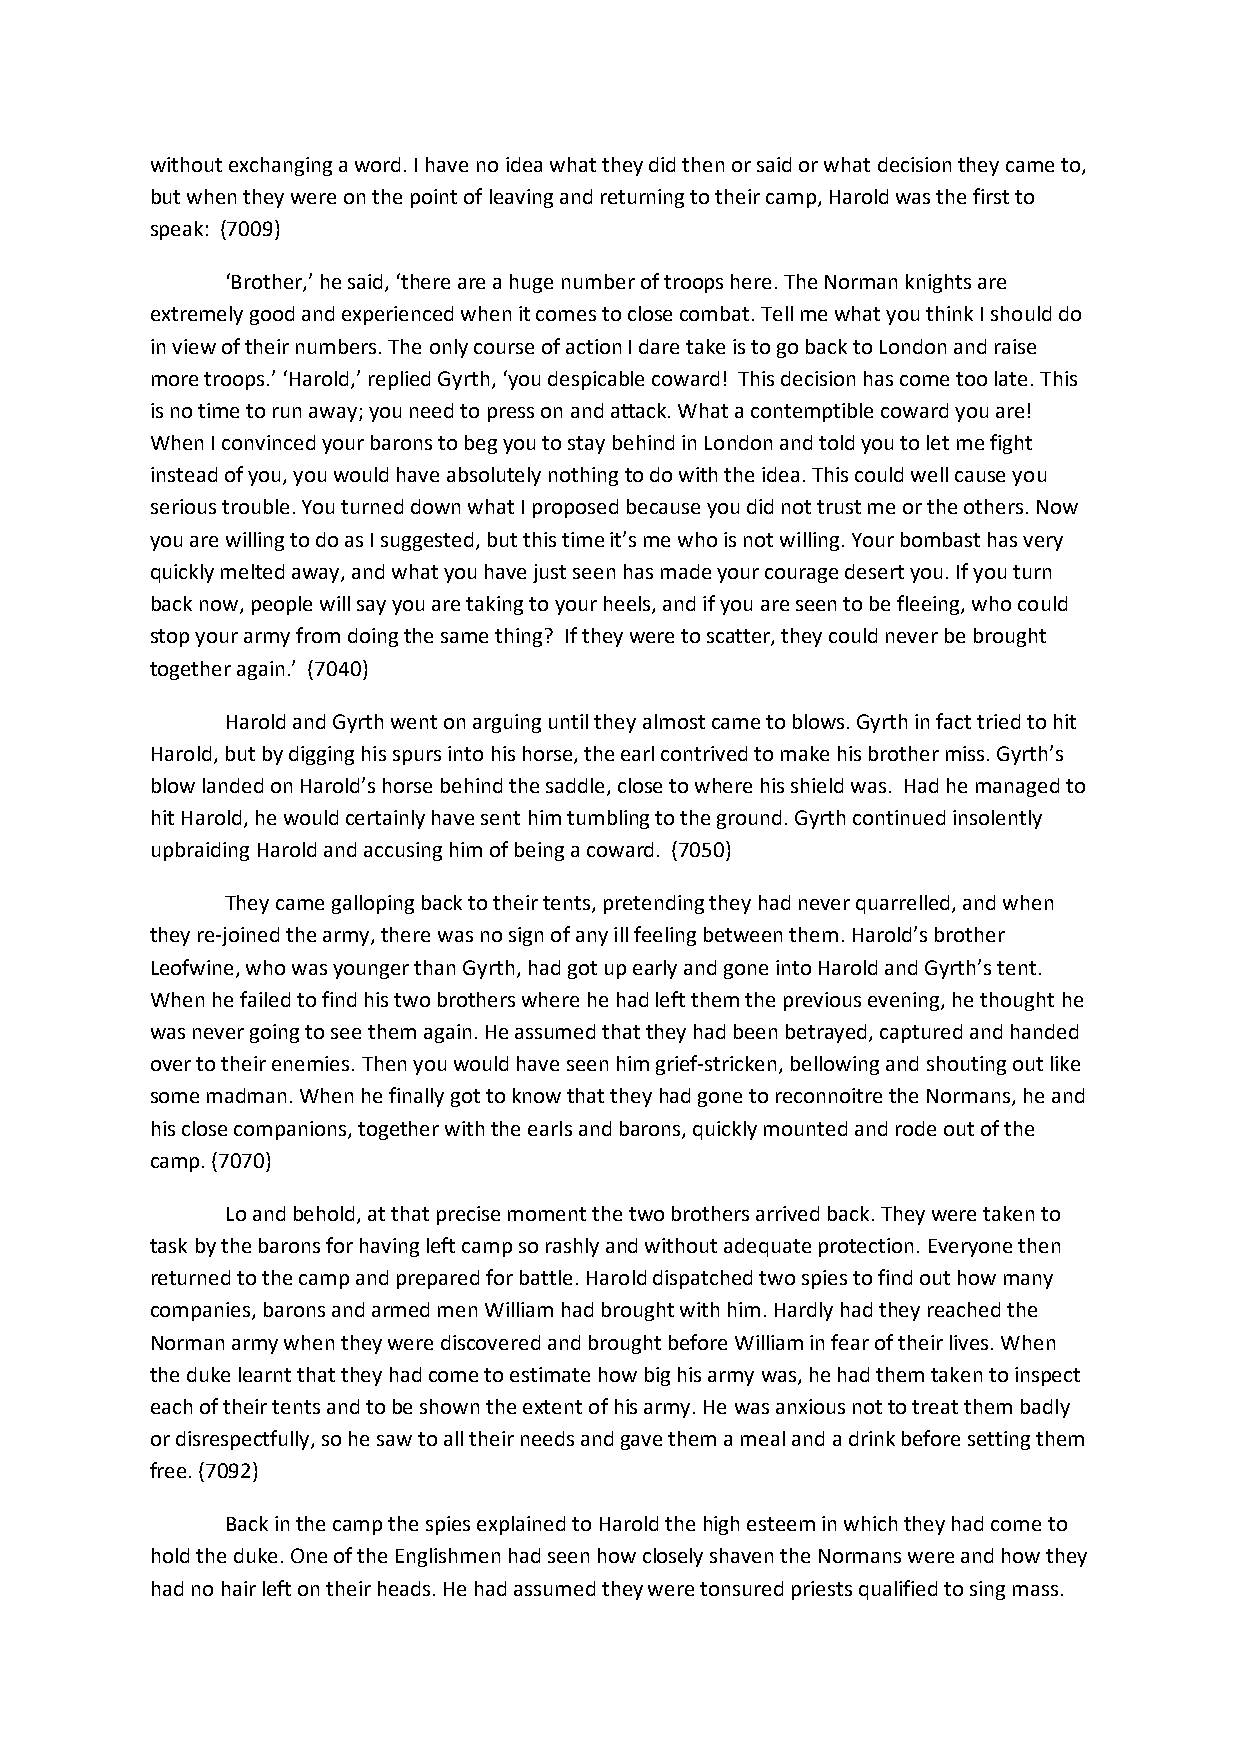
without exchanging a word. I have no idea what they did then or said or what decision they came to,
 but when they were on the point of leaving and returning to their camp, Harold was the first to
 speak: (7009)
 ‘Brother,’ he said, ‘there are a huge number of troops here. The Norman knights are
 extremely good and experienced when it comes to close combat. Tell me what you think I should do
 in view of their numbers. The only course of action I dare take is to go back to London and raise
 more troops.’ ‘Harold,’ replied Gyrth, ‘you despicable coward! This decision has come too late. This
 is no time to run away; you need to press on and attack. What a contemptible coward you are!
 When I convinced your barons to beg you to stay behind in London and told you to let me fight
 instead of you, you would have absolutely nothing to do with the idea. This could well cause you
 serious trouble. You turned down what I proposed because you did not trust me or the others. Now
 you are willing to do as I suggested, but this time it’s me who is not willing. Your bombast has very
 quickly melted away, and what you have just seen has made your courage desert you. If you turn
 back now, people will say you are taking to your heels, and if you are seen to be fleeing, who could
 stop your army from doing the same thing? If they were to scatter, they could never be brought
 together again.’ (7040)
 Harold and Gyrth went on arguing until they almost came to blows. Gyrth in fact tried to hit
 Harold, but by digging his spurs into his horse, the earl contrived to make his brother miss. Gyrth’s
 blow landed on Harold’s horse behind the saddle, close to where his shield was. Had he managed to
 hit Harold, he would certainly have sent him tumbling to the ground. Gyrth continued insolently
 upbraiding Harold and accusing him of being a coward. (7050)
 They came galloping back to their tents, pretending they had never quarrelled, and when
 they re-joined the army, there was no sign of any ill feeling between them. Harold’s brother
 Leofwine, who was younger than Gyrth, had got up early and gone into Harold and Gyrth’s tent.
 When he failed to find his two brothers where he had left them the previous evening, he thought he
 was never going to see them again. He assumed that they had been betrayed, captured and handed
 over to their enemies. Then you would have seen him grief-stricken, bellowing and shouting out like
 some madman. When he finally got to know that they had gone to reconnoitre the Normans, he and
 his close companions, together with the earls and barons, quickly mounted and rode out of the
 camp. (7070)
 Lo and behold, at that precise moment the two brothers arrived back. They were taken to
 task by the barons for having left camp so rashly and without adequate protection. Everyone then
 returned to the camp and prepared for battle. Harold dispatched two spies to find out how many
 companies, barons and armed men William had brought with him. Hardly had they reached the
 Norman army when they were discovered and brought before William in fear of their lives. When
 the duke learnt that they had come to estimate how big his army was, he had them taken to inspect
 each of their tents and to be shown the extent of his army. He was anxious not to treat them badly
 or disrespectfully, so he saw to all their needs and gave them a meal and a drink before setting them
 free. (7092)
 Back in the camp the spies explained to Harold the high esteem in which they had come to
 hold the duke. One of the Englishmen had seen how closely shaven the Normans were and how they
 had no hair left on their heads. He had assumed they were tonsured priests qualified to sing mass.